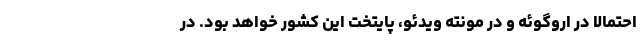
احتمالا در اروگوئه و در مونته ویدئو، پایتخت این کشور خواهد بود. در